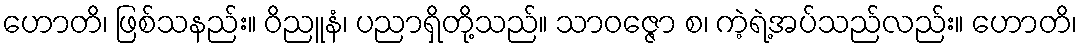
ဟောတိ၊ ဖြစ်သနည်း။ ဝိညူနံ၊ ပညာရှိတို့သည်။ သာဝဇ္ဇော စ၊ ကဲ့ရဲ့အပ်သည်လည်း။ ဟောတိ၊